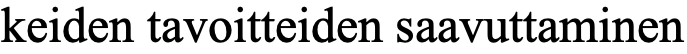
keiden tavoitteiden saavuttaminen